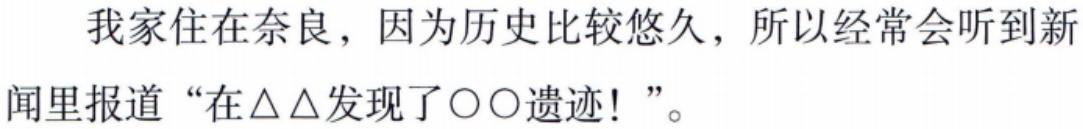
我家住在奈良，因为历史比较悠久，所以经常会听到新闻里报道 “在△△发现了○○遗迹! ”。